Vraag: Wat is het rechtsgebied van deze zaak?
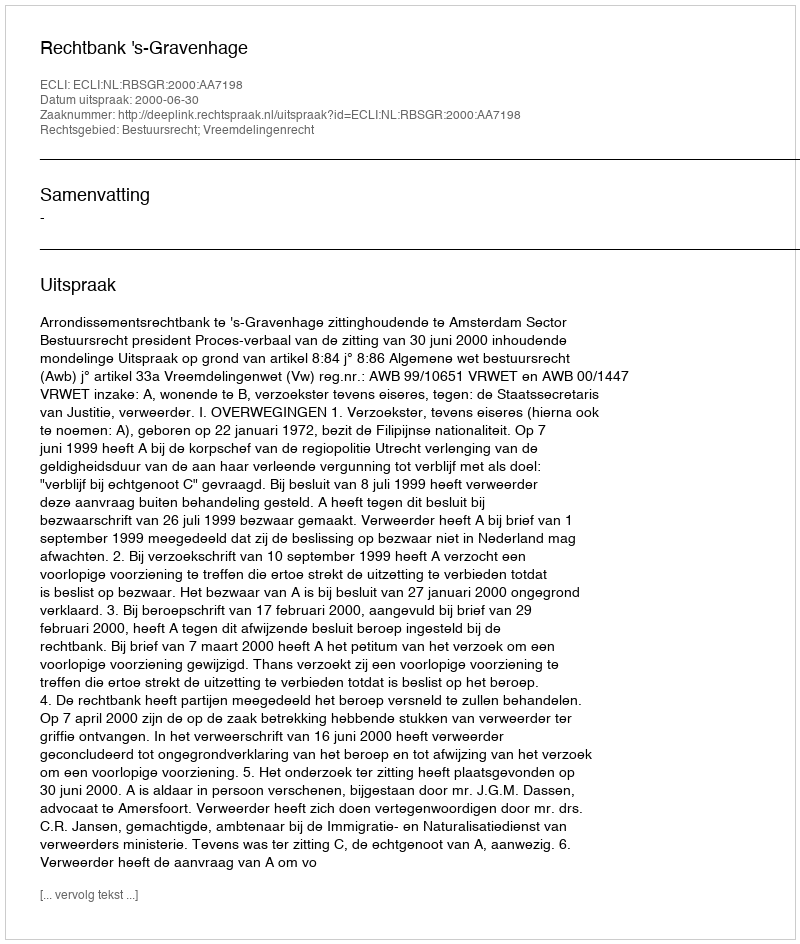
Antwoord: Bestuursrecht; Vreemdelingenrecht